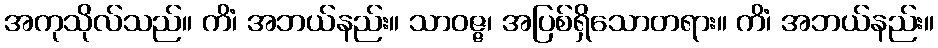
အကုသိုလ်သည်။ ကိံ၊ အဘယ်နည်း။ သာဝဇ္ဇ၊ အပြစ်ရှိသောတရား။ ကိံ၊ အဘယ်နည်း။